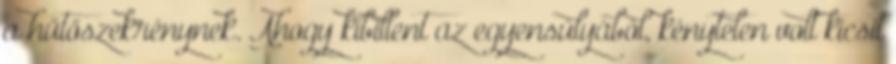
a hűtőszekrénynek. Ahogy kibillent az egyensúlyából, kénytelen volt kicsit